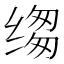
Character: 𮶆